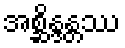
အစ္ဆိန္ဒန္တဿ